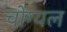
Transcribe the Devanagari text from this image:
चोग्यल